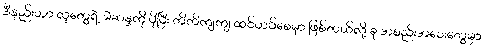
ဒီနည်းဟာ လူတွေရဲ့ မဲဆန္ဒကို ပိုပြီး တိတိကျကျ ထင်ဟပ်စေမှာ ဖြစ်တယ်လို့ ခု အစည်းအဝေးတွေမှာ